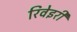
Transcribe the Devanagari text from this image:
रिवेइरी